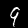
Digit: 9